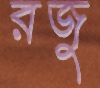
রজু